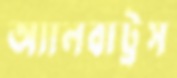
অ্যালবাট্রস